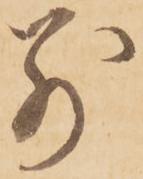
別